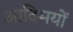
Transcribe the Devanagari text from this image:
आदिमयों